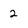
Character: 2